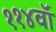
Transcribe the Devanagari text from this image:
११४वॉ